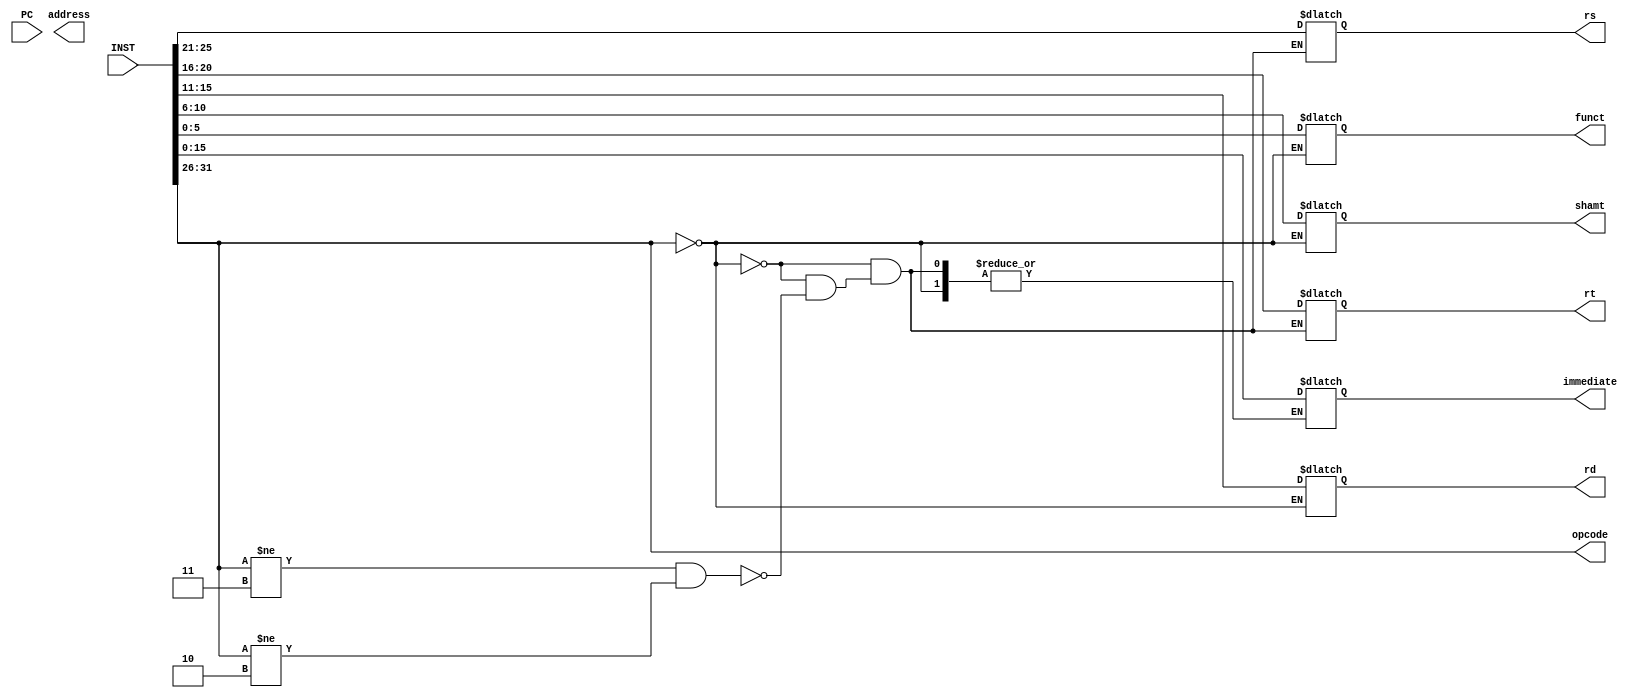
module Instruction(INST, PC, opcode, rs, rt, rd, shamt, funct, immediate, address);
	input [31:0] INST, PC;
	output wire [5:0] opcode;
	output reg [4:0] rs, rt, rd, shamt; 
	output reg [5:0] funct;
	output reg[15:0] immediate;
	output reg [25:0] address;
	
	assign opcode = INST[31:26];
	
	always @(INST) begin
		// R-type
		if(opcode == 6'h0) begin
			shamt = INST[10:6];
			rd = INST[15:11];
			rt = INST[20:16];
			rs = INST[25:21];
			funct = INST[5:0];
		end
		// I-type
		else if(opcode != 6'h3 && opcode != 6'h2) begin
			rt = INST[20:16];
			rs = INST[25:21];
			immediate = INST[15:0];
		end
	end
endmodule